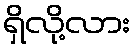
ရှိလို့လား